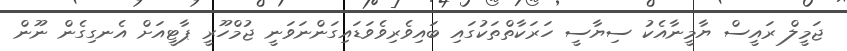
ޖަމީލް ރައީސް ޔާމީނާއެކު ސިޔާސީ ހަރަކާތްތަކުގައި ބައިވެރިވެވަޑައިގަންނަވަނީ ޖުމްހޫރީ ޕާޓީއަށް އެނގިގެން ނޫން